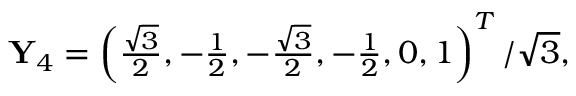
\begin{array} { r } { \mathbf { Y } _ { 4 } = \left( \frac { \sqrt { 3 } } { 2 } , - \frac { 1 } { 2 } , - \frac { \sqrt { 3 } } { 2 } , - \frac { 1 } { 2 } , 0 , 1 \right) ^ { T } / \sqrt { 3 } , } \end{array}